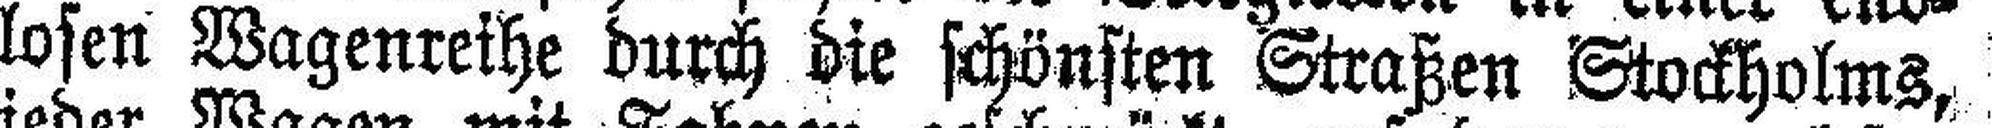
losen Wagenreihe durch die schönsten Straßen Stockholms,